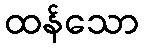
ထန်သော